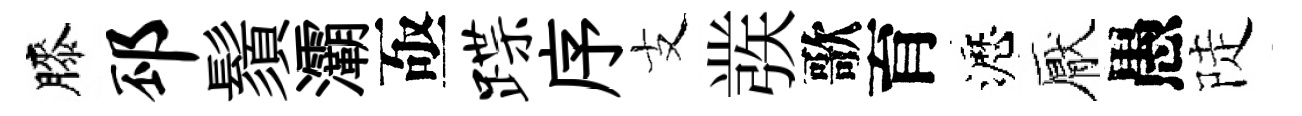
膝邳鬚灞亟蹀序支彂歌育瀝厭愚陡